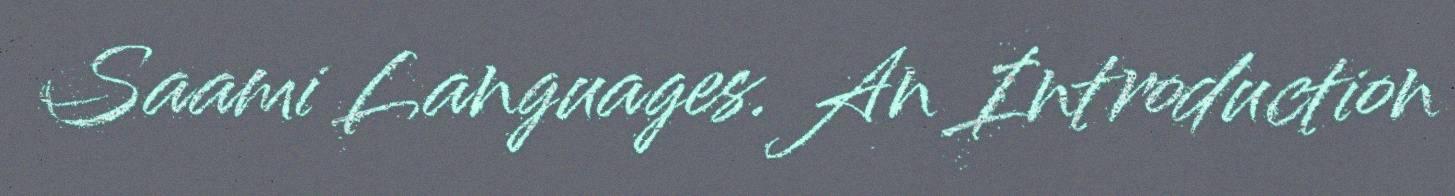
Saami Languages. An Introduction